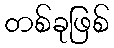
တစ်ခုဖြစ်